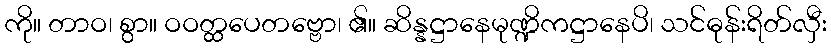
ကို။ တာဝ၊ စွာ။ ဝဝတ္ထပေတဗ္ဗော၊ ၏။ ဆိန္နဋ္ဌာနေမုဏ္ဍိကဋ္ဌာနေပိ၊ သင်ဓုန်းရိတ်လှီး